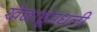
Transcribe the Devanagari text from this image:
खेळाडूंमधली